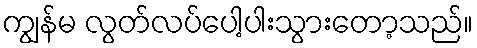
ကျွန်မ လွတ်လပ်ပေါ့ပါးသွားတော့သည်။